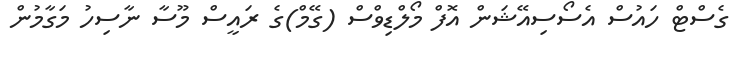
ގެސްޓް ހައުސް އެސޯސިއޭޝަން އޮފް މޯލްޑިވްސް (ގޭމް)ގެ ރައީސް މޫސާ ނާސިހު މަގާމުން